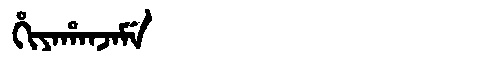
Manchu: ᡥᡳᠶᠠᡥᠠᠨᠵᠠᠮᡝ
Romanization: HIYAHANJAME